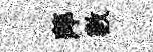
萍數